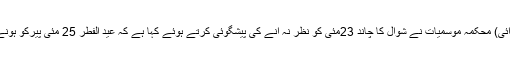
کراچی (این این آئی) محکمہ موسمیات نے شوال کا چاند 23مئی کو نظر نہ آنے کی پیشگوئی کرتے ہوئے کہا ہے کہ عید الفطر 25 مئی پیرکو ہونے کا امکان ہے۔